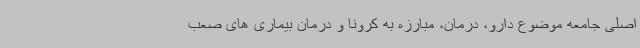
اصلی جامعه موضوع دارو، درمان، مبارزه به کرونا و درمان بیماری های صعب